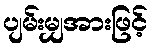
ပျမ်းမျှအားဖြင့်